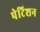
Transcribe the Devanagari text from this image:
पेटिशन